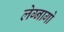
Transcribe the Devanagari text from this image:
लेग्नागो